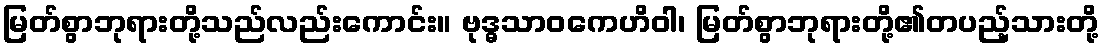
မြတ်စွာဘုရားတို့သည်လည်းကောင်း။ ဗုဒ္ဓသာဝကေဟိဝါ၊ မြတ်စွာဘုရားတို့၏တပည့်သားတို့